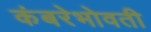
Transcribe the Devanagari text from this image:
कंबरेभोवती